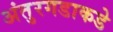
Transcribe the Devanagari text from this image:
अंतुरगडाकडे